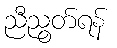
ညီညွတ်ရန်